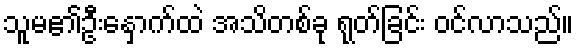
သူမ၏ဦးနှောက်ထဲ အသိတစ်ခု ရုတ်ခြင်း ဝင်လာသည်။